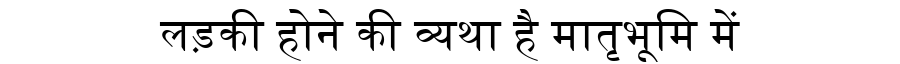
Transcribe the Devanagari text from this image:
लड़की होने की व्यथा है मातृभूमि में